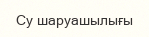
Су шаруашылығы